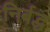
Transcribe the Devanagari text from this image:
निर्बद्ध